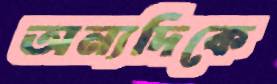
অন্যদিকে